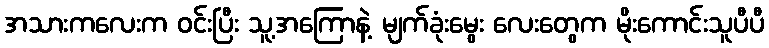
အသားကလေးက ဝင်းပြီး သူ့အကြောနဲ့ မျက်ခုံးမွေး လေးတွေက မိုးကောင်းသူပီပီ